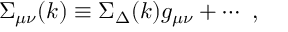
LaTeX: \Sigma _ { \mu \nu } ( k ) \equiv \Sigma _ { \Delta } ( k ) g _ { \mu \nu } + \cdots \ ,